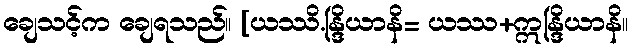
ချေသင့်က ချေရသည်။ [ယဿိ.န္ဒြိယာနိ= ယဿ+ဣန္ဒြိယာနိ။